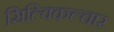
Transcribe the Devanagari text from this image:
सिल्विकल्चार